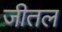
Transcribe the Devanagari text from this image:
जीतल